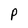
Character: p